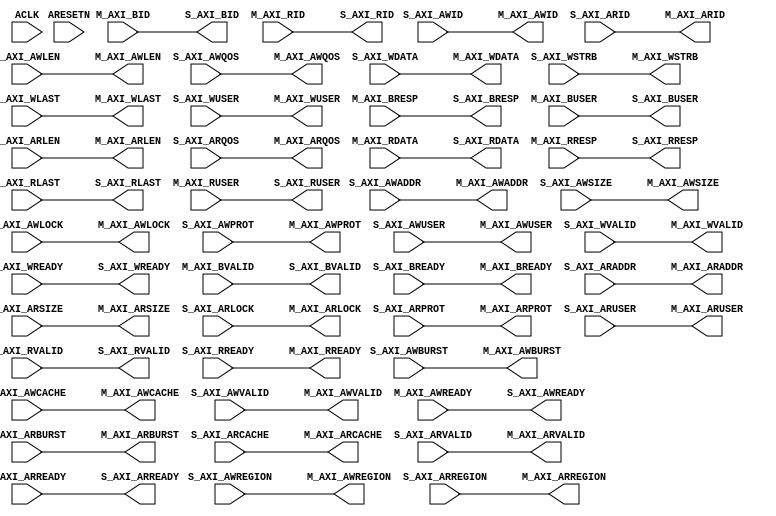
// -- (c) Copyright 2010 - 2013 Xilinx, Inc. All rights reserved.
// --
// -- This file contains confidential and proprietary information
// -- of Xilinx, Inc. and is protected under U.S. and 
// -- international copyright and other intellectual property
// -- laws.
// --
// -- DISCLAIMER
// -- This disclaimer is not a license and does not grant any
// -- rights to the materials distributed herewith. Except as
// -- otherwise provided in a valid license issued to you by
// -- Xilinx, and to the maximum extent permitted by applicable
// -- law: (1) THESE MATERIALS ARE MADE AVAILABLE "AS IS" AND
// -- WITH ALL FAULTS, AND XILINX HEREBY DISCLAIMS ALL WARRANTIES
// -- AND CONDITIONS, EXPRESS, IMPLIED, OR STATUTORY, INCLUDING
// -- BUT NOT LIMITED TO WARRANTIES OF MERCHANTABILITY, NON-
// -- INFRINGEMENT, OR FITNESS FOR ANY PARTICULAR PURPOSE; and
// -- (2) Xilinx shall not be liable (whether in contract or tort,
// -- including negligence, or under any other theory of
// -- liability) for any loss or damage of any kind or nature
// -- related to, arising under or in connection with these
// -- materials, including for any direct, or any indirect,
// -- special, incidental, or consequential loss or damage
// -- (including loss of data, profits, goodwill, or any type of
// -- loss or damage suffered as a result of any action brought
// -- by a third party) even if such damage or loss was
// -- reasonably foreseeable or Xilinx had been advised of the
// -- possibility of the same.
// --
// -- CRITICAL APPLICATIONS
// -- Xilinx products are not designed or intended to be fail-
// -- safe, or for use in any application requiring fail-safe
// -- performance, such as life-support or safety devices or
// -- systems, Class III medical devices, nuclear facilities,
// -- applications related to the deployment of airbags, or any
// -- other applications that could lead to death, personal
// -- injury, or severe property or environmental damage
// -- (individually and collectively, "Critical
// -- Applications"). Customer assumes the sole risk and
// -- liability of any use of Xilinx products in Critical
// -- Applications, subject only to applicable laws and
// -- regulations governing limitations on product liability.
// --
// -- THIS COPYRIGHT NOTICE AND DISCLAIMER MUST BE RETAINED AS
// -- PART OF THIS FILE AT ALL TIMES.
//-----------------------------------------------------------------------------
//
// AXI data fifo module:    
//   5-channel memory-mapped AXI4 interfaces.
//   SRL or BRAM based FIFO on AXI W and/or R channels.
//   FIFO to accommodate various data flow rates through the AXI interconnect
//
// Verilog-standard:  Verilog 2001
//-----------------------------------------------------------------------------
//
// Structure:
//   axi_data_fifo
//     fifo_generator
//
//-----------------------------------------------------------------------------

`timescale 1ps/1ps

(* DowngradeIPIdentifiedWarnings="yes" *) 
module axi_interconnect_v1_7_axi_data_fifo #
  (
   parameter         C_FAMILY                    = "virtex7",
   parameter integer C_AXI_ID_WIDTH              = 4,
   parameter integer C_AXI_ADDR_WIDTH            = 32,
   parameter integer C_AXI_DATA_WIDTH            = 32,
   parameter integer C_AXI_SUPPORTS_USER_SIGNALS = 0,
   parameter integer C_AXI_AWUSER_WIDTH          = 1,
   parameter integer C_AXI_ARUSER_WIDTH          = 1,
   parameter integer C_AXI_WUSER_WIDTH           = 1,
   parameter integer C_AXI_RUSER_WIDTH           = 1,
   parameter integer C_AXI_BUSER_WIDTH           = 1,
   parameter integer C_AXI_WRITE_FIFO_DEPTH      = 0,      // Range: (0, 32, 512)
   parameter         C_AXI_WRITE_FIFO_TYPE       = "lut",  // "lut" = LUT (SRL) based,
                                                           // "bram" = BRAM based
   parameter integer C_AXI_WRITE_FIFO_DELAY      = 0,      // 0 = No, 1 = Yes (FUTURE FEATURE)
                       // Indicates whether AWVALID and WVALID assertion is delayed until:
                       //   a. the corresponding WLAST is stored in the FIFO, or
                       //   b. no WLAST is stored and the FIFO is full.
                       // 0 means AW channel is pass-through and 
                       //   WVALID is asserted whenever FIFO is not empty.
   parameter integer C_AXI_READ_FIFO_DEPTH       = 0,      // Range: (0, 32, 512)
   parameter         C_AXI_READ_FIFO_TYPE        = "lut",  // "lut" = LUT (SRL) based,
                                                           // "bram" = BRAM based
   parameter integer C_AXI_READ_FIFO_DELAY       = 0)      // 0 = No, 1 = Yes (FUTURE FEATURE)
                       // Indicates whether ARVALID assertion is delayed until the 
                       //   the remaining vacancy of the FIFO is at least the burst length
                       //   as indicated by ARLEN.
                       // 0 means AR channel is pass-through.
   // System Signals
  (input wire ACLK,
   input wire ARESETN,

   // Slave Interface Write Address Ports
   input  wire [C_AXI_ID_WIDTH-1:0]     S_AXI_AWID,
   input  wire [C_AXI_ADDR_WIDTH-1:0]   S_AXI_AWADDR,
   input  wire [8-1:0]                  S_AXI_AWLEN,
   input  wire [3-1:0]                  S_AXI_AWSIZE,
   input  wire [2-1:0]                  S_AXI_AWBURST,
   input  wire [2-1:0]                  S_AXI_AWLOCK,
   input  wire [4-1:0]                  S_AXI_AWCACHE,
   input  wire [3-1:0]                  S_AXI_AWPROT,
   input  wire [4-1:0]                  S_AXI_AWREGION,
   input  wire [4-1:0]                  S_AXI_AWQOS,
   input  wire [C_AXI_AWUSER_WIDTH-1:0] S_AXI_AWUSER,
   input  wire                          S_AXI_AWVALID,
   output wire                          S_AXI_AWREADY,

   // Slave Interface Write Data Ports
   input  wire [C_AXI_DATA_WIDTH-1:0]   S_AXI_WDATA,
   input  wire [C_AXI_DATA_WIDTH/8-1:0] S_AXI_WSTRB,
   input  wire                          S_AXI_WLAST,
   input  wire [C_AXI_WUSER_WIDTH-1:0]  S_AXI_WUSER,
   input  wire                          S_AXI_WVALID,
   output wire                          S_AXI_WREADY,

   // Slave Interface Write Response Ports
   output wire [C_AXI_ID_WIDTH-1:0]     S_AXI_BID,
   output wire [2-1:0]                  S_AXI_BRESP,
   output wire [C_AXI_BUSER_WIDTH-1:0]  S_AXI_BUSER,
   output wire                          S_AXI_BVALID,
   input  wire                          S_AXI_BREADY,

   // Slave Interface Read Address Ports
   input  wire [C_AXI_ID_WIDTH-1:0]     S_AXI_ARID,
   input  wire [C_AXI_ADDR_WIDTH-1:0]   S_AXI_ARADDR,
   input  wire [8-1:0]                  S_AXI_ARLEN,
   input  wire [3-1:0]                  S_AXI_ARSIZE,
   input  wire [2-1:0]                  S_AXI_ARBURST,
   input  wire [2-1:0]                  S_AXI_ARLOCK,
   input  wire [4-1:0]                  S_AXI_ARCACHE,
   input  wire [3-1:0]                  S_AXI_ARPROT,
   input  wire [4-1:0]                  S_AXI_ARREGION,
   input  wire [4-1:0]                  S_AXI_ARQOS,
   input  wire [C_AXI_ARUSER_WIDTH-1:0] S_AXI_ARUSER,
   input  wire                          S_AXI_ARVALID,
   output wire                          S_AXI_ARREADY,

   // Slave Interface Read Data Ports
   output wire [C_AXI_ID_WIDTH-1:0]     S_AXI_RID,
   output wire [C_AXI_DATA_WIDTH-1:0]   S_AXI_RDATA,
   output wire [2-1:0]                  S_AXI_RRESP,
   output wire                          S_AXI_RLAST,
   output wire [C_AXI_RUSER_WIDTH-1:0]  S_AXI_RUSER,
   output wire                          S_AXI_RVALID,
   input  wire                          S_AXI_RREADY,
   
   // Master Interface Write Address Port
   output wire [C_AXI_ID_WIDTH-1:0]     M_AXI_AWID,
   output wire [C_AXI_ADDR_WIDTH-1:0]   M_AXI_AWADDR,
   output wire [8-1:0]                  M_AXI_AWLEN,
   output wire [3-1:0]                  M_AXI_AWSIZE,
   output wire [2-1:0]                  M_AXI_AWBURST,
   output wire [2-1:0]                  M_AXI_AWLOCK,
   output wire [4-1:0]                  M_AXI_AWCACHE,
   output wire [3-1:0]                  M_AXI_AWPROT,
   output wire [4-1:0]                  M_AXI_AWREGION,
   output wire [4-1:0]                  M_AXI_AWQOS,
   output wire [C_AXI_AWUSER_WIDTH-1:0] M_AXI_AWUSER,
   output wire                          M_AXI_AWVALID,
   input  wire                          M_AXI_AWREADY,
   
   // Master Interface Write Data Ports
   output wire [C_AXI_DATA_WIDTH-1:0]   M_AXI_WDATA,
   output wire [C_AXI_DATA_WIDTH/8-1:0] M_AXI_WSTRB,
   output wire                          M_AXI_WLAST,
   output wire [C_AXI_WUSER_WIDTH-1:0]  M_AXI_WUSER,
   output wire                          M_AXI_WVALID,
   input  wire                          M_AXI_WREADY,
   
   // Master Interface Write Response Ports
   input  wire [C_AXI_ID_WIDTH-1:0]     M_AXI_BID,
   input  wire [2-1:0]                  M_AXI_BRESP,
   input  wire [C_AXI_BUSER_WIDTH-1:0]  M_AXI_BUSER,
   input  wire                          M_AXI_BVALID,
   output wire                          M_AXI_BREADY,
   
   // Master Interface Read Address Port
   output wire [C_AXI_ID_WIDTH-1:0]     M_AXI_ARID,
   output wire [C_AXI_ADDR_WIDTH-1:0]   M_AXI_ARADDR,
   output wire [8-1:0]                  M_AXI_ARLEN,
   output wire [3-1:0]                  M_AXI_ARSIZE,
   output wire [2-1:0]                  M_AXI_ARBURST,
   output wire [2-1:0]                  M_AXI_ARLOCK,
   output wire [4-1:0]                  M_AXI_ARCACHE,
   output wire [3-1:0]                  M_AXI_ARPROT,
   output wire [4-1:0]                  M_AXI_ARREGION,
   output wire [4-1:0]                  M_AXI_ARQOS,
   output wire [C_AXI_ARUSER_WIDTH-1:0] M_AXI_ARUSER,
   output wire                          M_AXI_ARVALID,
   input  wire                          M_AXI_ARREADY,
   
   // Master Interface Read Data Ports
   input  wire [C_AXI_ID_WIDTH-1:0]     M_AXI_RID,
   input  wire [C_AXI_DATA_WIDTH-1:0]   M_AXI_RDATA,
   input  wire [2-1:0]                  M_AXI_RRESP,
   input  wire                          M_AXI_RLAST,
   input  wire [C_AXI_RUSER_WIDTH-1:0]  M_AXI_RUSER,
   input  wire                          M_AXI_RVALID,
   output wire                          M_AXI_RREADY);
  
  localparam integer P_WIDTH_RACH = 4 + 4 + 3 + 4 + 2 + 2 + 3 + 8 + C_AXI_ADDR_WIDTH + C_AXI_ID_WIDTH + (C_AXI_SUPPORTS_USER_SIGNALS ? C_AXI_ARUSER_WIDTH : 0);
  localparam integer P_WIDTH_RDCH = 1 + 2 + C_AXI_DATA_WIDTH + C_AXI_ID_WIDTH + (C_AXI_SUPPORTS_USER_SIGNALS ? C_AXI_RUSER_WIDTH : 0);
  localparam integer P_WIDTH_WACH = 4 + 4 + 3 + 4 + 2 + 2 + 3 + 8 + C_AXI_ADDR_WIDTH + C_AXI_ID_WIDTH + (C_AXI_SUPPORTS_USER_SIGNALS ? C_AXI_AWUSER_WIDTH : 0);
  localparam integer P_WIDTH_WDCH = 1 + C_AXI_DATA_WIDTH + C_AXI_DATA_WIDTH/8 + C_AXI_ID_WIDTH + (C_AXI_SUPPORTS_USER_SIGNALS ? C_AXI_WUSER_WIDTH : 0);
  
  localparam P_PRIM_FIFO_TYPE = "512x72" ;
  localparam integer P_WRITE_FIFO_DEPTH_LOG = (C_AXI_WRITE_FIFO_DEPTH > 1) ? f_ceil_log2(C_AXI_WRITE_FIFO_DEPTH) : 1;
  localparam integer P_READ_FIFO_DEPTH_LOG = (C_AXI_READ_FIFO_DEPTH > 1) ? f_ceil_log2(C_AXI_READ_FIFO_DEPTH) : 1;
  
  // Ceiling of log2(x)
  function integer f_ceil_log2
    (
     input integer x
     );
    integer acc;
    begin
      acc=0;
      while ((2**acc) < x)
        acc = acc + 1;
      f_ceil_log2 = acc;
    end
  endfunction

  generate
    if ((C_AXI_WRITE_FIFO_DEPTH == 0) && (C_AXI_READ_FIFO_DEPTH == 0)) begin : gen_bypass
      assign M_AXI_AWID     = S_AXI_AWID;
      assign M_AXI_AWADDR   = S_AXI_AWADDR;
      assign M_AXI_AWLEN    = S_AXI_AWLEN;
      assign M_AXI_AWSIZE   = S_AXI_AWSIZE;
      assign M_AXI_AWBURST  = S_AXI_AWBURST;
      assign M_AXI_AWLOCK   = S_AXI_AWLOCK;
      assign M_AXI_AWCACHE  = S_AXI_AWCACHE;
      assign M_AXI_AWPROT   = S_AXI_AWPROT;
      assign M_AXI_AWREGION = S_AXI_AWREGION;
      assign M_AXI_AWQOS    = S_AXI_AWQOS;
      assign M_AXI_AWUSER   = S_AXI_AWUSER;
      assign M_AXI_AWVALID  = S_AXI_AWVALID;
      assign S_AXI_AWREADY  = M_AXI_AWREADY;
      
      assign M_AXI_WDATA    = S_AXI_WDATA;
      assign M_AXI_WSTRB    = S_AXI_WSTRB;
      assign M_AXI_WLAST    = S_AXI_WLAST;
      assign M_AXI_WUSER    = S_AXI_WUSER;
      assign M_AXI_WVALID   = S_AXI_WVALID;
      assign S_AXI_WREADY   = M_AXI_WREADY;
    
      assign S_AXI_BID      = M_AXI_BID;
      assign S_AXI_BRESP    = M_AXI_BRESP;
      assign S_AXI_BUSER    = M_AXI_BUSER;
      assign S_AXI_BVALID   = M_AXI_BVALID;
      assign M_AXI_BREADY   = S_AXI_BREADY;
    
      assign M_AXI_ARID     = S_AXI_ARID;
      assign M_AXI_ARADDR   = S_AXI_ARADDR;
      assign M_AXI_ARLEN    = S_AXI_ARLEN;
      assign M_AXI_ARSIZE   = S_AXI_ARSIZE;
      assign M_AXI_ARBURST  = S_AXI_ARBURST;
      assign M_AXI_ARLOCK   = S_AXI_ARLOCK;
      assign M_AXI_ARCACHE  = S_AXI_ARCACHE;
      assign M_AXI_ARPROT   = S_AXI_ARPROT;
      assign M_AXI_ARREGION = S_AXI_ARREGION;
      assign M_AXI_ARQOS    = S_AXI_ARQOS;
      assign M_AXI_ARUSER   = S_AXI_ARUSER;
      assign M_AXI_ARVALID  = S_AXI_ARVALID;
      assign S_AXI_ARREADY  = M_AXI_ARREADY;
  
      assign S_AXI_RID      = M_AXI_RID;
      assign S_AXI_RDATA    = M_AXI_RDATA;
      assign S_AXI_RRESP    = M_AXI_RRESP;
      assign S_AXI_RLAST    = M_AXI_RLAST;
      assign S_AXI_RUSER    = M_AXI_RUSER;
      assign S_AXI_RVALID   = M_AXI_RVALID;
      assign M_AXI_RREADY   = S_AXI_RREADY;
    end else begin : gen_fifo

  fifo_generator_v10_0 #(
          .C_ADD_NGC_CONSTRAINT(0),
          .C_APPLICATION_TYPE_AXIS(0),
          .C_APPLICATION_TYPE_RACH(C_AXI_READ_FIFO_DELAY ? 1 : 0),
          .C_APPLICATION_TYPE_RDCH(0),
          .C_APPLICATION_TYPE_WACH(C_AXI_WRITE_FIFO_DELAY ? 1 : 0),
          .C_APPLICATION_TYPE_WDCH(0),
          .C_APPLICATION_TYPE_WRCH(0),
          .C_AXI_ADDR_WIDTH(C_AXI_ADDR_WIDTH),
          .C_AXI_ARUSER_WIDTH(C_AXI_ARUSER_WIDTH),
          .C_AXI_AWUSER_WIDTH(C_AXI_AWUSER_WIDTH),
          .C_AXI_BUSER_WIDTH(C_AXI_BUSER_WIDTH),
          .C_AXI_DATA_WIDTH(C_AXI_DATA_WIDTH),
          .C_AXI_ID_WIDTH(C_AXI_ID_WIDTH),
          .C_AXI_RUSER_WIDTH(C_AXI_RUSER_WIDTH),
          .C_AXI_TYPE(1),
          .C_AXI_WUSER_WIDTH(C_AXI_WUSER_WIDTH),
          .C_AXIS_TDATA_WIDTH(64),
          .C_AXIS_TDEST_WIDTH(4),
          .C_AXIS_TID_WIDTH(8),
          .C_AXIS_TKEEP_WIDTH(4),
          .C_AXIS_TSTRB_WIDTH(4),
          .C_AXIS_TUSER_WIDTH(4),
          .C_AXIS_TYPE(0),
          .C_COMMON_CLOCK(1),
          .C_COUNT_TYPE(0),
          .C_DATA_COUNT_WIDTH(10),
          .C_DEFAULT_VALUE("BlankString"),
          .C_DIN_WIDTH(18),
          .C_DIN_WIDTH_AXIS(1),
          .C_DIN_WIDTH_RACH(P_WIDTH_RACH),
          .C_DIN_WIDTH_RDCH(P_WIDTH_RDCH),
          .C_DIN_WIDTH_WACH(P_WIDTH_WACH),
          .C_DIN_WIDTH_WDCH(P_WIDTH_WDCH),
          .C_DIN_WIDTH_WRCH(6),
          .C_DOUT_RST_VAL("0"),
          .C_DOUT_WIDTH(18),
          .C_ENABLE_RLOCS(0),
          .C_ENABLE_RST_SYNC(1),
          .C_ERROR_INJECTION_TYPE(0),
          .C_ERROR_INJECTION_TYPE_AXIS(0),
          .C_ERROR_INJECTION_TYPE_RACH(0),
          .C_ERROR_INJECTION_TYPE_RDCH(0),
          .C_ERROR_INJECTION_TYPE_WACH(0),
          .C_ERROR_INJECTION_TYPE_WDCH(0),
          .C_ERROR_INJECTION_TYPE_WRCH(0),
          .C_FAMILY(C_FAMILY),
          .C_FULL_FLAGS_RST_VAL(1),
          .C_HAS_ALMOST_EMPTY(0),
          .C_HAS_ALMOST_FULL(0),
          .C_HAS_AXI_ARUSER(C_AXI_SUPPORTS_USER_SIGNALS),
          .C_HAS_AXI_AWUSER(C_AXI_SUPPORTS_USER_SIGNALS),
          .C_HAS_AXI_BUSER(C_AXI_SUPPORTS_USER_SIGNALS),
          .C_HAS_AXI_RD_CHANNEL(1),
          .C_HAS_AXI_RUSER(C_AXI_SUPPORTS_USER_SIGNALS),
          .C_HAS_AXI_WR_CHANNEL(1),
          .C_HAS_AXI_WUSER(C_AXI_SUPPORTS_USER_SIGNALS),
          .C_HAS_AXIS_TDATA(0),
          .C_HAS_AXIS_TDEST(0),
          .C_HAS_AXIS_TID(0),
          .C_HAS_AXIS_TKEEP(0),
          .C_HAS_AXIS_TLAST(0),
          .C_HAS_AXIS_TREADY(1),
          .C_HAS_AXIS_TSTRB(0),
          .C_HAS_AXIS_TUSER(0),
          .C_HAS_BACKUP(0),
          .C_HAS_DATA_COUNT(0),
          .C_HAS_DATA_COUNTS_AXIS(0),
          .C_HAS_DATA_COUNTS_RACH(0),
          .C_HAS_DATA_COUNTS_RDCH(0),
          .C_HAS_DATA_COUNTS_WACH(0),
          .C_HAS_DATA_COUNTS_WDCH(0),
          .C_HAS_DATA_COUNTS_WRCH(0),
          .C_HAS_INT_CLK(0),
          .C_HAS_MASTER_CE(0),
          .C_HAS_MEMINIT_FILE(0),
          .C_HAS_OVERFLOW(0),
          .C_HAS_PROG_FLAGS_AXIS(0),
          .C_HAS_PROG_FLAGS_RACH(0),
          .C_HAS_PROG_FLAGS_RDCH(0),
          .C_HAS_PROG_FLAGS_WACH(0),
          .C_HAS_PROG_FLAGS_WDCH(0),
          .C_HAS_PROG_FLAGS_WRCH(0),
          .C_HAS_RD_DATA_COUNT(0),
          .C_HAS_RD_RST(0),
          .C_HAS_RST(1),
          .C_HAS_SLAVE_CE(0),
          .C_HAS_SRST(0),
          .C_HAS_UNDERFLOW(0),
          .C_HAS_VALID(0),
          .C_HAS_WR_ACK(0),
          .C_HAS_WR_DATA_COUNT(0),
          .C_HAS_WR_RST(0),
          .C_IMPLEMENTATION_TYPE(0),
          .C_IMPLEMENTATION_TYPE_AXIS(1),
          .C_IMPLEMENTATION_TYPE_RACH(2),
          .C_IMPLEMENTATION_TYPE_RDCH((C_AXI_READ_FIFO_TYPE == "bram") ? 1 : 2),
          .C_IMPLEMENTATION_TYPE_WACH(2),
          .C_IMPLEMENTATION_TYPE_WDCH((C_AXI_WRITE_FIFO_TYPE == "bram") ? 1 : 2),
          .C_IMPLEMENTATION_TYPE_WRCH(2),
          .C_INIT_WR_PNTR_VAL(0),
          .C_INTERFACE_TYPE(1),
          .C_MEMORY_TYPE(1),
          .C_MIF_FILE_NAME("BlankString"),
          .C_MSGON_VAL(1),
          .C_OPTIMIZATION_MODE(0),
          .C_OVERFLOW_LOW(0),
          .C_PRELOAD_LATENCY(1),
          .C_PRELOAD_REGS(0),
          .C_PRIM_FIFO_TYPE(P_PRIM_FIFO_TYPE),
          .C_PROG_EMPTY_THRESH_ASSERT_VAL(2),
          .C_PROG_EMPTY_THRESH_ASSERT_VAL_AXIS(1022),
          .C_PROG_EMPTY_THRESH_ASSERT_VAL_RACH(30),
          .C_PROG_EMPTY_THRESH_ASSERT_VAL_RDCH(510),
          .C_PROG_EMPTY_THRESH_ASSERT_VAL_WACH(30),
          .C_PROG_EMPTY_THRESH_ASSERT_VAL_WDCH(510),
          .C_PROG_EMPTY_THRESH_ASSERT_VAL_WRCH(14),
          .C_PROG_EMPTY_THRESH_NEGATE_VAL(3),
          .C_PROG_EMPTY_TYPE(0),
          .C_PROG_EMPTY_TYPE_AXIS(5),
          .C_PROG_EMPTY_TYPE_RACH(5),
          .C_PROG_EMPTY_TYPE_RDCH(5),
          .C_PROG_EMPTY_TYPE_WACH(5),
          .C_PROG_EMPTY_TYPE_WDCH(5),
          .C_PROG_EMPTY_TYPE_WRCH(5),
          .C_PROG_FULL_THRESH_ASSERT_VAL(1022),
          .C_PROG_FULL_THRESH_ASSERT_VAL_AXIS(1023),
          .C_PROG_FULL_THRESH_ASSERT_VAL_RACH(31),
          .C_PROG_FULL_THRESH_ASSERT_VAL_RDCH(511),
          .C_PROG_FULL_THRESH_ASSERT_VAL_WACH(31),
          .C_PROG_FULL_THRESH_ASSERT_VAL_WDCH(511),
          .C_PROG_FULL_THRESH_ASSERT_VAL_WRCH(15),
          .C_PROG_FULL_THRESH_NEGATE_VAL(1021),
          .C_PROG_FULL_TYPE(0),
          .C_PROG_FULL_TYPE_AXIS(5),
          .C_PROG_FULL_TYPE_RACH(5),
          .C_PROG_FULL_TYPE_RDCH(5),
          .C_PROG_FULL_TYPE_WACH(5),
          .C_PROG_FULL_TYPE_WDCH(5),
          .C_PROG_FULL_TYPE_WRCH(5),
          .C_RACH_TYPE(((C_AXI_READ_FIFO_DEPTH != 0) && C_AXI_READ_FIFO_DELAY) ? 0 : 2),
          .C_RD_DATA_COUNT_WIDTH(10),
          .C_RD_DEPTH(1024),
          .C_RD_FREQ(1),
          .C_RD_PNTR_WIDTH(10),
          .C_RDCH_TYPE((C_AXI_READ_FIFO_DEPTH != 0) ? 0 : 2),
          .C_REG_SLICE_MODE_AXIS(0),
          .C_REG_SLICE_MODE_RACH(0),
          .C_REG_SLICE_MODE_RDCH(0),
          .C_REG_SLICE_MODE_WACH(0),
          .C_REG_SLICE_MODE_WDCH(0),
          .C_REG_SLICE_MODE_WRCH(0),
          .C_UNDERFLOW_LOW(0),
          .C_USE_COMMON_OVERFLOW(0),
          .C_USE_COMMON_UNDERFLOW(0),
          .C_USE_DEFAULT_SETTINGS(0),
          .C_USE_DOUT_RST(1),
          .C_USE_ECC(0),
          .C_USE_ECC_AXIS(0),
          .C_USE_ECC_RACH(0),
          .C_USE_ECC_RDCH(0),
          .C_USE_ECC_WACH(0),
          .C_USE_ECC_WDCH(0),
          .C_USE_ECC_WRCH(0),
          .C_USE_EMBEDDED_REG(0),
          .C_USE_FIFO16_FLAGS(0),
          .C_USE_FWFT_DATA_COUNT(0),
          .C_VALID_LOW(0),
          .C_WACH_TYPE(((C_AXI_WRITE_FIFO_DEPTH != 0) && C_AXI_WRITE_FIFO_DELAY) ? 0 : 2),
          .C_WDCH_TYPE((C_AXI_WRITE_FIFO_DEPTH != 0) ? 0 : 2),
          .C_WR_ACK_LOW(0),
          .C_WR_DATA_COUNT_WIDTH(10),
          .C_WR_DEPTH(1024),
          .C_WR_DEPTH_AXIS(1024),
          .C_WR_DEPTH_RACH(32),
          .C_WR_DEPTH_RDCH(C_AXI_READ_FIFO_DEPTH),
          .C_WR_DEPTH_WACH(32),
          .C_WR_DEPTH_WDCH(C_AXI_WRITE_FIFO_DEPTH),
          .C_WR_DEPTH_WRCH(16),
          .C_WR_FREQ(1),
          .C_WR_PNTR_WIDTH(10),
          .C_WR_PNTR_WIDTH_AXIS(10),
          .C_WR_PNTR_WIDTH_RACH(5),
          .C_WR_PNTR_WIDTH_RDCH((C_AXI_READ_FIFO_DEPTH> 1) ? f_ceil_log2(C_AXI_READ_FIFO_DEPTH) : 1),
          .C_WR_PNTR_WIDTH_WACH(5),
          .C_WR_PNTR_WIDTH_WDCH((C_AXI_WRITE_FIFO_DEPTH > 1) ? f_ceil_log2(C_AXI_WRITE_FIFO_DEPTH) : 1),
          .C_WR_PNTR_WIDTH_WRCH(4),
          .C_WR_RESPONSE_LATENCY(1),
          .C_WRCH_TYPE(2)
        )
        fifo_gen_inst (
          .s_aclk(ACLK),
          .s_aresetn(ARESETN),
          .s_axi_awid(S_AXI_AWID),
          .s_axi_awaddr(S_AXI_AWADDR),
          .s_axi_awlen(S_AXI_AWLEN),
          .s_axi_awsize(S_AXI_AWSIZE),
          .s_axi_awburst(S_AXI_AWBURST),
          .s_axi_awlock(S_AXI_AWLOCK),
          .s_axi_awcache(S_AXI_AWCACHE),
          .s_axi_awprot(S_AXI_AWPROT),
          .s_axi_awqos(S_AXI_AWQOS),
          .s_axi_awregion(S_AXI_AWREGION),
          .s_axi_awuser(S_AXI_AWUSER),
          .s_axi_awvalid(S_AXI_AWVALID),
          .s_axi_awready(S_AXI_AWREADY),
          .s_axi_wid({C_AXI_ID_WIDTH{1'b0}}),
          .s_axi_wdata(S_AXI_WDATA),
          .s_axi_wstrb(S_AXI_WSTRB),
          .s_axi_wlast(S_AXI_WLAST),
          .s_axi_wvalid(S_AXI_WVALID),
          .s_axi_wready(S_AXI_WREADY),
          .s_axi_bid(S_AXI_BID),
          .s_axi_bresp(S_AXI_BRESP),
          .s_axi_bvalid(S_AXI_BVALID),
          .s_axi_bready(S_AXI_BREADY),
          .m_axi_awid(M_AXI_AWID),
          .m_axi_awaddr(M_AXI_AWADDR),
          .m_axi_awlen(M_AXI_AWLEN),
          .m_axi_awsize(M_AXI_AWSIZE),
          .m_axi_awburst(M_AXI_AWBURST),
          .m_axi_awlock(M_AXI_AWLOCK),
          .m_axi_awcache(M_AXI_AWCACHE),
          .m_axi_awprot(M_AXI_AWPROT),
          .m_axi_awqos(M_AXI_AWQOS),
          .m_axi_awregion(M_AXI_AWREGION),
          .m_axi_awuser(M_AXI_AWUSER),
          .m_axi_awvalid(M_AXI_AWVALID),
          .m_axi_awready(M_AXI_AWREADY),
          .m_axi_wid(),
          .m_axi_wdata(M_AXI_WDATA),
          .m_axi_wstrb(M_AXI_WSTRB),
          .m_axi_wlast(M_AXI_WLAST),
          .m_axi_wvalid(M_AXI_WVALID),
          .m_axi_wready(M_AXI_WREADY),
          .m_axi_bid(M_AXI_BID),
          .m_axi_bresp(M_AXI_BRESP),
          .m_axi_bvalid(M_AXI_BVALID),
          .m_axi_bready(M_AXI_BREADY),
          .s_axi_arid(S_AXI_ARID),
          .s_axi_araddr(S_AXI_ARADDR),
          .s_axi_arlen(S_AXI_ARLEN),
          .s_axi_arsize(S_AXI_ARSIZE),
          .s_axi_arburst(S_AXI_ARBURST),
          .s_axi_arlock(S_AXI_ARLOCK),
          .s_axi_arcache(S_AXI_ARCACHE),
          .s_axi_arprot(S_AXI_ARPROT),
          .s_axi_arqos(S_AXI_ARQOS),
          .s_axi_arregion(S_AXI_ARREGION),
          .s_axi_arvalid(S_AXI_ARVALID),
          .s_axi_arready(S_AXI_ARREADY),
          .s_axi_rid(S_AXI_RID),
          .s_axi_rdata(S_AXI_RDATA),
          .s_axi_rresp(S_AXI_RRESP),
          .s_axi_rlast(S_AXI_RLAST),
          .s_axi_rvalid(S_AXI_RVALID),
          .s_axi_rready(S_AXI_RREADY),
          .m_axi_arid(M_AXI_ARID),
          .m_axi_araddr(M_AXI_ARADDR),
          .m_axi_arlen(M_AXI_ARLEN),
          .m_axi_arsize(M_AXI_ARSIZE),
          .m_axi_arburst(M_AXI_ARBURST),
          .m_axi_arlock(M_AXI_ARLOCK),
          .m_axi_arcache(M_AXI_ARCACHE),
          .m_axi_arprot(M_AXI_ARPROT),
          .m_axi_arqos(M_AXI_ARQOS),
          .m_axi_arregion(M_AXI_ARREGION),
          .m_axi_arvalid(M_AXI_ARVALID),
          .m_axi_arready(M_AXI_ARREADY),
          .m_axi_rid(M_AXI_RID),
          .m_axi_rdata(M_AXI_RDATA),
          .m_axi_rresp(M_AXI_RRESP),
          .m_axi_rlast(M_AXI_RLAST),
          .m_axi_rvalid(M_AXI_RVALID),
          .m_axi_rready(M_AXI_RREADY),
          .m_aclk(ACLK),
          .m_aclk_en(1'b1),
          .s_aclk_en(1'b1),
          .s_axi_wuser(S_AXI_WUSER),
          .s_axi_buser(S_AXI_BUSER),
          .m_axi_wuser(M_AXI_WUSER),
          .m_axi_buser(M_AXI_BUSER),
          .s_axi_aruser(S_AXI_ARUSER),
          .s_axi_ruser(S_AXI_RUSER),
          .m_axi_aruser(M_AXI_ARUSER),
          .m_axi_ruser(M_AXI_RUSER),
          .almost_empty(),
          .almost_full(),
          .axis_data_count(),
          .axis_dbiterr(),
          .axis_injectdbiterr(1'b0),
          .axis_injectsbiterr(1'b0),
          .axis_overflow(),
          .axis_prog_empty(),
          .axis_prog_empty_thresh(10'b0),
          .axis_prog_full(),
          .axis_prog_full_thresh(10'b0),
          .axis_rd_data_count(),
          .axis_sbiterr(),
          .axis_underflow(),
          .axis_wr_data_count(),
          .axi_ar_data_count(),
          .axi_ar_dbiterr(),
          .axi_ar_injectdbiterr(1'b0),
          .axi_ar_injectsbiterr(1'b0),
          .axi_ar_overflow(),
          .axi_ar_prog_empty(),
          .axi_ar_prog_empty_thresh(5'b0),
          .axi_ar_prog_full(),
          .axi_ar_prog_full_thresh(5'b0),
          .axi_ar_rd_data_count(),
          .axi_ar_sbiterr(),
          .axi_ar_underflow(),
          .axi_ar_wr_data_count(),
          .axi_aw_data_count(),
          .axi_aw_dbiterr(),
          .axi_aw_injectdbiterr(1'b0),
          .axi_aw_injectsbiterr(1'b0),
          .axi_aw_overflow(),
          .axi_aw_prog_empty(),
          .axi_aw_prog_empty_thresh(5'b0),
          .axi_aw_prog_full(),
          .axi_aw_prog_full_thresh(5'b0),
          .axi_aw_rd_data_count(),
          .axi_aw_sbiterr(),
          .axi_aw_underflow(),
          .axi_aw_wr_data_count(),
          .axi_b_data_count(),
          .axi_b_dbiterr(),
          .axi_b_injectdbiterr(1'b0),
          .axi_b_injectsbiterr(1'b0),
          .axi_b_overflow(),
          .axi_b_prog_empty(),
          .axi_b_prog_empty_thresh(4'b0),
          .axi_b_prog_full(),
          .axi_b_prog_full_thresh(4'b0),
          .axi_b_rd_data_count(),
          .axi_b_sbiterr(),
          .axi_b_underflow(),
          .axi_b_wr_data_count(),
          .axi_r_data_count(),
          .axi_r_dbiterr(),
          .axi_r_injectdbiterr(1'b0),
          .axi_r_injectsbiterr(1'b0),
          .axi_r_overflow(),
          .axi_r_prog_empty(),
          .axi_r_prog_empty_thresh({P_READ_FIFO_DEPTH_LOG{1'b0}}),
          .axi_r_prog_full(),
          .axi_r_prog_full_thresh({P_READ_FIFO_DEPTH_LOG{1'b0}}),
          .axi_r_rd_data_count(),
          .axi_r_sbiterr(),
          .axi_r_underflow(),
          .axi_r_wr_data_count(),
          .axi_w_data_count(),
          .axi_w_dbiterr(),
          .axi_w_injectdbiterr(1'b0),
          .axi_w_injectsbiterr(1'b0),
          .axi_w_overflow(),
          .axi_w_prog_empty(),
          .axi_w_prog_empty_thresh({P_WRITE_FIFO_DEPTH_LOG{1'b0}}),
          .axi_w_prog_full(),
          .axi_w_prog_full_thresh({P_WRITE_FIFO_DEPTH_LOG{1'b0}}),
          .axi_w_rd_data_count(),
          .axi_w_sbiterr(),
          .axi_w_underflow(),
          .axi_w_wr_data_count(),
          .backup(1'b0),
          .backup_marker(1'b0),
          .clk(1'b0),
          .data_count(),
          .dbiterr(),
          .din(18'b0),
          .dout(),
          .empty(),
          .full(),
          .injectdbiterr(1'b0),
          .injectsbiterr(1'b0),
          .int_clk(1'b0),
          .m_axis_tdata(),
          .m_axis_tdest(),
          .m_axis_tid(),
          .m_axis_tkeep(),
          .m_axis_tlast(),
          .m_axis_tready(1'b0),
          .m_axis_tstrb(),
          .m_axis_tuser(),
          .m_axis_tvalid(),
          .overflow(),
          .prog_empty(),
          .prog_empty_thresh(10'b0),
          .prog_empty_thresh_assert(10'b0),
          .prog_empty_thresh_negate(10'b0),
          .prog_full(),
          .prog_full_thresh(10'b0),
          .prog_full_thresh_assert(10'b0),
          .prog_full_thresh_negate(10'b0),
          .rd_clk(1'b0),
          .rd_data_count(),
          .rd_en(1'b0),
          .rd_rst(1'b0),
          .rst(1'b0),
          .sbiterr(),
          .srst(1'b0),
          .s_axis_tdata(64'b0),
          .s_axis_tdest(4'b0),
          .s_axis_tid(8'b0),
          .s_axis_tkeep(4'b0),
          .s_axis_tlast(1'b0),
          .s_axis_tready(),
          .s_axis_tstrb(4'b0),
          .s_axis_tuser(4'b0),
          .s_axis_tvalid(1'b0),
          .underflow(),
          .valid(),
          .wr_ack(),
          .wr_clk(1'b0),
          .wr_data_count(),
          .wr_en(1'b0),
          .wr_rst(1'b0)
      );
    end
  endgenerate
endmodule